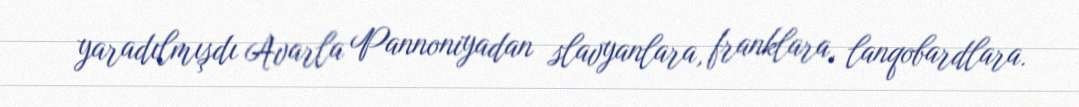
yaradılmışdı Avarla Pannoniyadan slavyanlara, franklara, lanqobardlara.